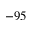
- 9 5